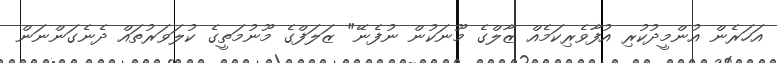
އަހަރެން އުންމީދުކުރި އުފާވެރިކަމެއް ޒާލްގެ މޫނަކުން ނުފެނޭ" ޒަލަފްގެ މޫނުމަތީގެ ކުލަވަރުތައް ދެނެގަންނަން